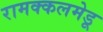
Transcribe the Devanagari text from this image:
रामक्कलमेडू